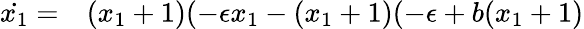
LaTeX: \begin{array}{rl}{\dot{x_{1}}=}&{{}(x_{1}+1)(-\epsilon x_{1}-(x_{1}+1)(-\epsilon+b(x_{1}+1)}\end{array}